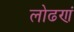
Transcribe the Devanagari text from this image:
लोढणं